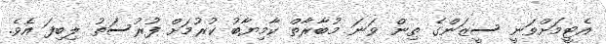
އެޓީމަށްވަނީ ސީޒަންގެ ތިން ވަނަ މުބާރާތް ކާމިޔާބު ކުރުމަށް ފުރުސަތު ލިބިފަ އެވެ.